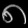
Digit: ၈